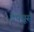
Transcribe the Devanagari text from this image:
ड्रेफ्यूस